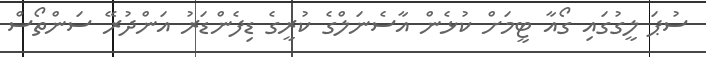
ސުޕަ ލީގުގައި ގޯއާ ޓީމަށް ކުޅެން އާސެނަލްގެ ކުރީގެ ޑިފެންޑަރު އަންދުރޭ ސަންތޯސް